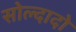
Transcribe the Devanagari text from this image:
सोल्दादो